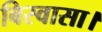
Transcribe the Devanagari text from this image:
बिस्वासा।